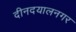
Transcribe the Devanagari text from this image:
दीनदयालनगर